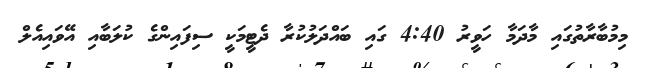
މިމުބާރާތުގައި މާދަމާ ހަވީރު 4:40 ގައި ބައްދަލުކުރާ ދެޓީމަކީ ސިފައިންގެ ކުލަބާއި އޭވައިއެލް